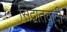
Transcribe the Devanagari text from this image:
सिद्वांतवादी